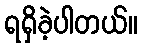
ရရှိခဲ့ပါတယ်။